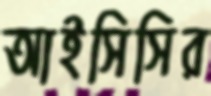
আইসিসির